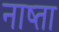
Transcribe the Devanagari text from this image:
नाष्ता